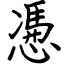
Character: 慿